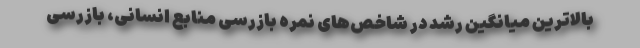
بالاترین میانگین رشد در شاخص‌های نمره بازرسی منابع انسانی، بازرسی